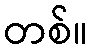
တစ်။